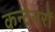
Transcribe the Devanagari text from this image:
कन्टेनरों